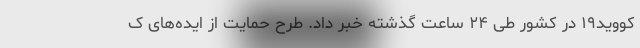
کووید۱۹ در کشور طی ۲۴ ساعت گذشته خبر داد. طرح حمایت از ایده‌های ک